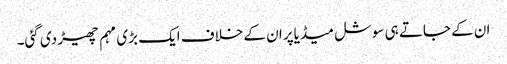
ان کے جاتے ہی سوشل میڈیاپر ان کے خلاف ایک بڑی مہم چھیڑ دی گئی۔